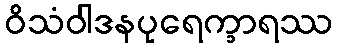
ဝိသံဝါဒနပုရေက္ခာရဿ